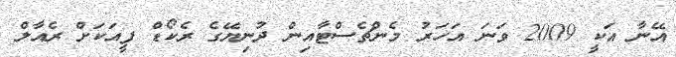
އޭނާ އަކީ 2009 ވަނަ އަހަރު މެންޗެސްޓާއިން ދުނިޔޭގެ ރެކޯޑް ފީއަކަށް ރެއާލް